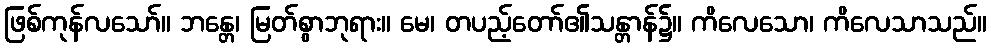
ဖြစ်ကုန်လသော်။ ဘန္တေ၊ မြတ်စွာဘုရား။ မေ၊ တပည့်တော်၏သန္တာန်၌။ ကိလေသော၊ ကိလေသာသည်။